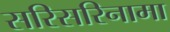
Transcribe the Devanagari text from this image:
सरिसरिनामा